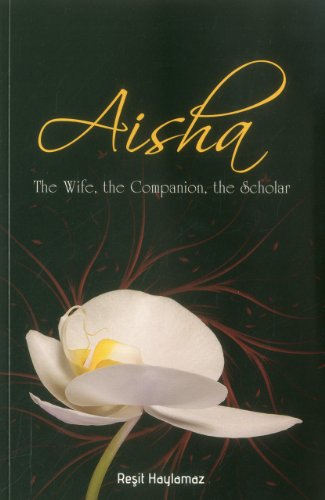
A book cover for Aisha: The Wife, The Companion, The Scholar; Resit Haylamaz; Religion & Spirituality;